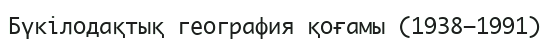
Бүкiлодақтық география қоғамы (1938–1991)